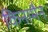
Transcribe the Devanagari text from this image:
किनामैन